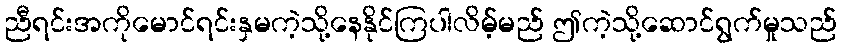
ညီရင်းအကိုမောင်ရင်းနှမကဲ့သို့နေနိုင်ကြပါလိမ့်မည် ဤကဲ့သို့ဆောင်ရွက်မှုသည်